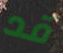
قد